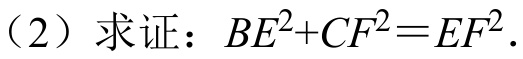
（2）求证：$BE^{2}+CF^{2}=EF^{2}$.